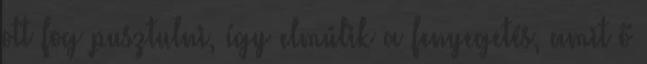
ott fog pusztulni, így elmúlik a fenyegetés, amit ő